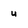
Character: u